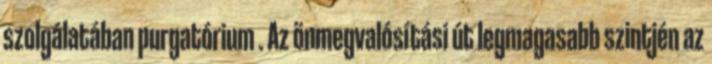
szolgálatában purgatórium . Az önmegvalósítási út legmagasabb szintjén az